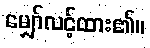
မျှော်လင့်ထား၏။